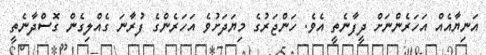
އަނިޔާއެއް އަހަރެންނަށް ދީފާނެތީ އެވެ. ހަންޖަރުގެ މިޔަދަށުވެ އަހަރެންގެ ފުރާނަ ގެއްލިގެން ގޮސްދާނެތީ